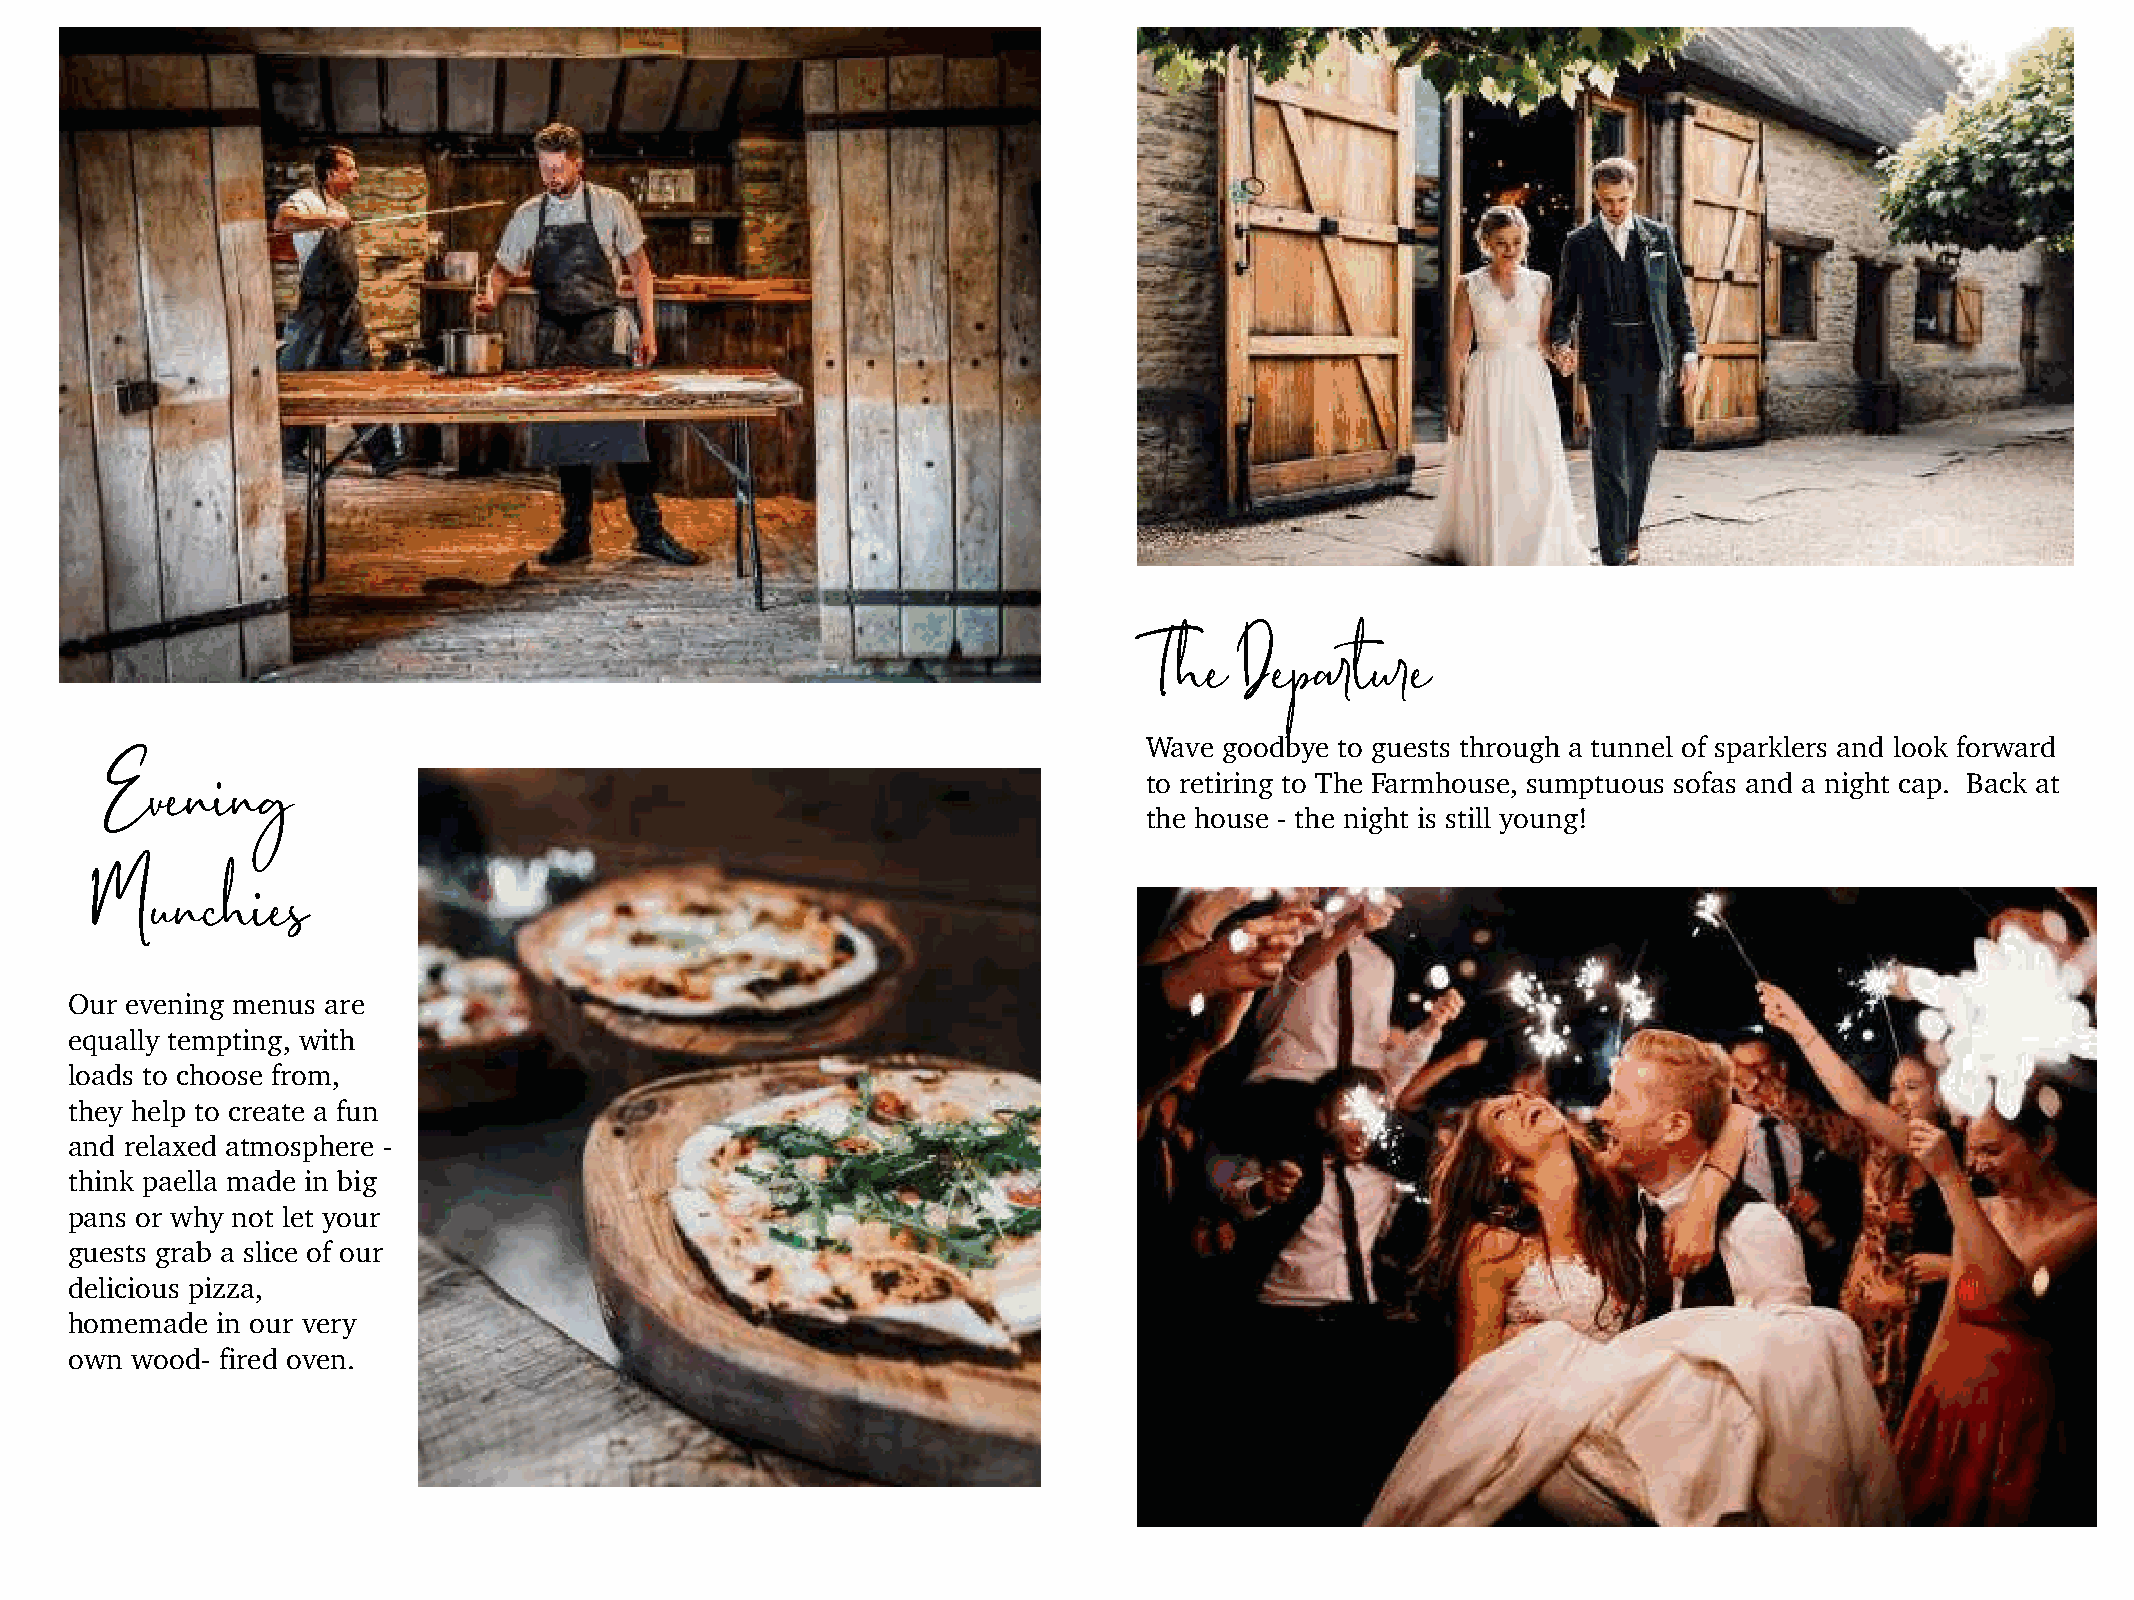
The   Departure
 Wave goodbye to guests through a tunnel of sparklers and look forward
 Evening
 to retiring to The Farmhouse, sumptuous sofas and a night cap. Back at
 the house - the night is still young!
 Munchies
 Our evening menus are
 equally tempting, with
 loads to choose from,
 they help to create a fun
 and relaxed atmosphere -
 think paella made in big
 pans or why not let your
 guests grab a slice of our
 delicious pizza,
 homemade  in our very
 own  wood- fired oven.